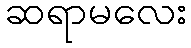
ဆရာမလေး